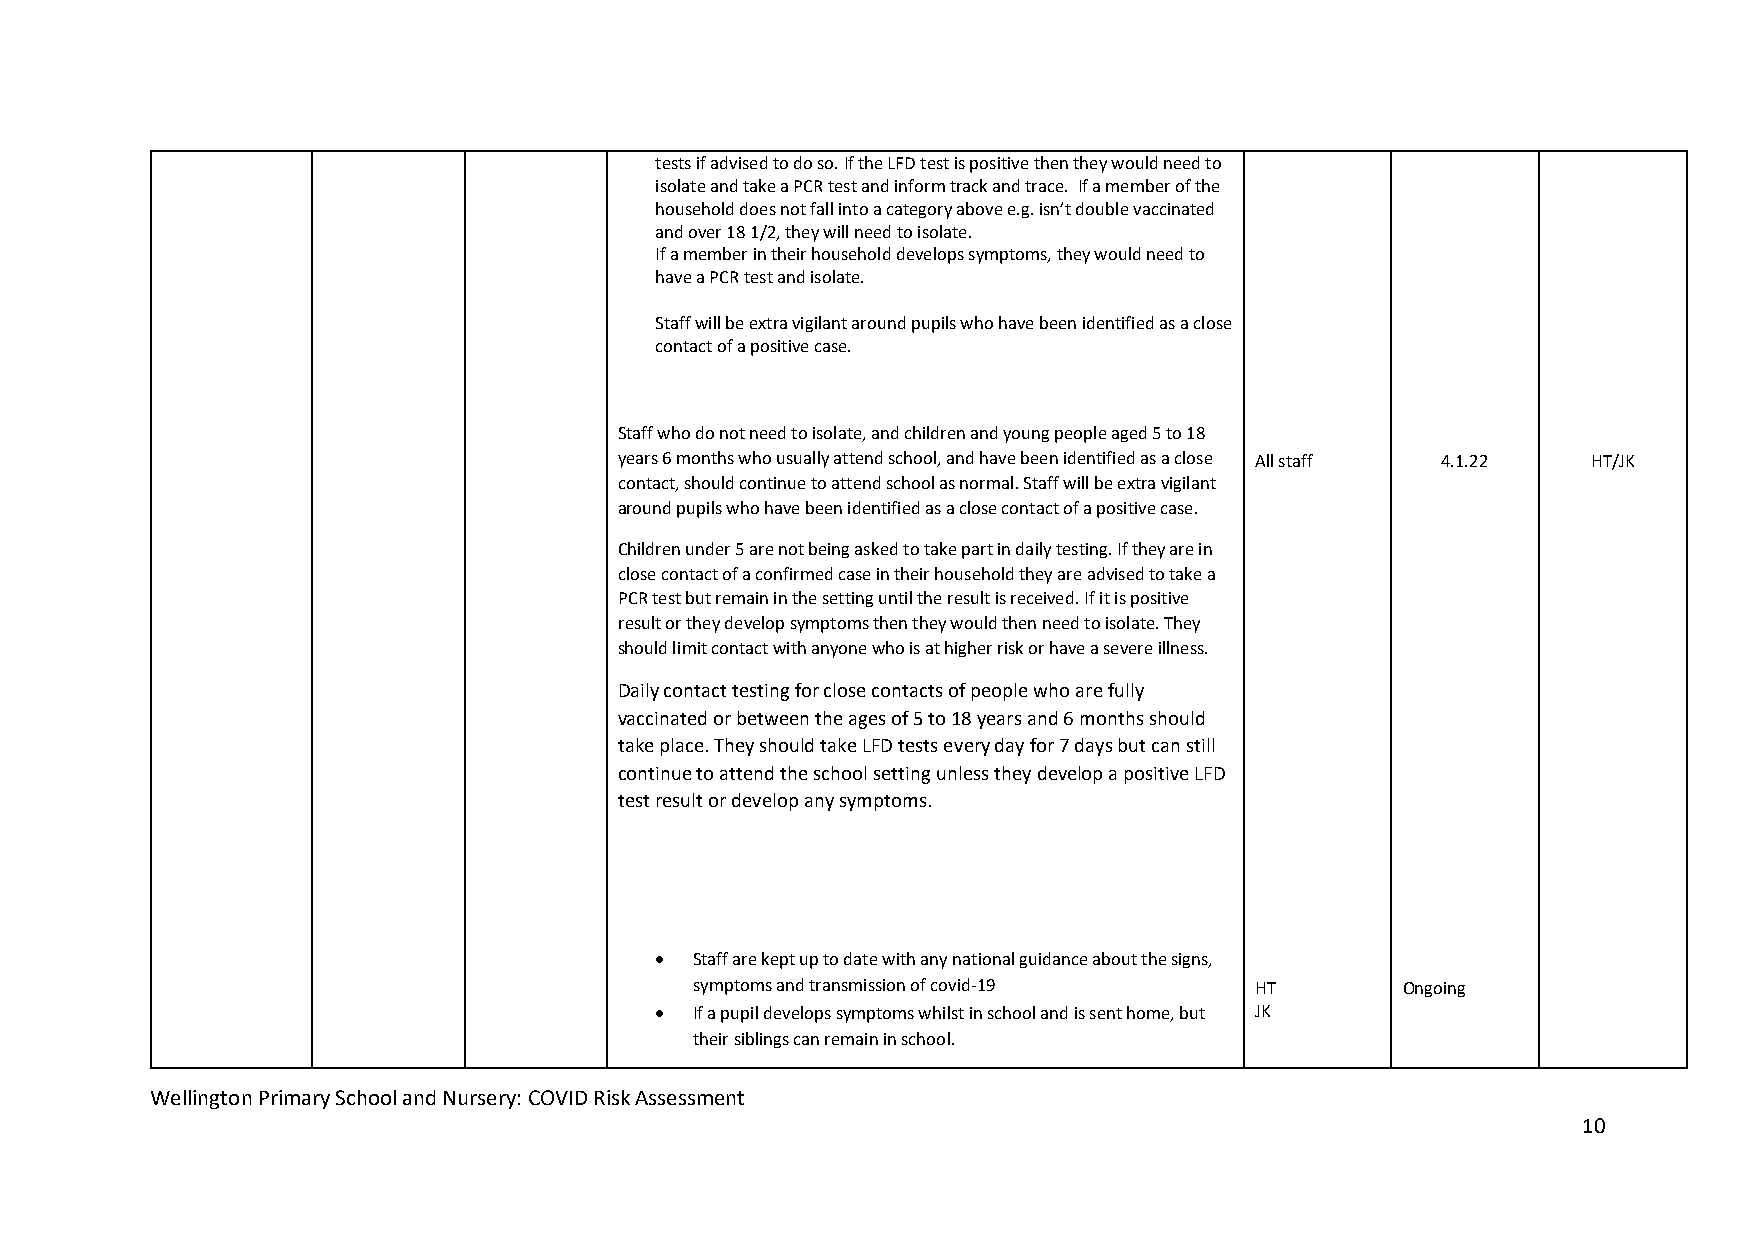
tests if advised to do so. If the LFD test is positive then they would need to
 isolate and take a PCR test and inform track and trace. If a member of the
 household does not fall into a category above e.g. isn’t double vaccinated
 and over 18 1/2, they will need to isolate.
 If a member in their household develops symptoms, they would need to
 have a PCR test and isolate.
 Staff will be extra vigilant around pupils who have been identified as a close
 contact of a positive case.
 Staff who do not need to isolate, and children and young people aged 5 to 18
 years 6 months who usually attend school, and have been identified as a close All staff 4.1.22 HT/JK
 contact, should continue to attend school as normal. Staff will be extra vigilant
 around pupils who have been identified as a close contact of a positive case.
 Children under 5 are not being asked to take part in daily testing. If they are in
 close contact of a confirmed case in their household they are advised to take a
 PCR test but remain in the setting until the result is received. If it is positive
 result or they develop symptoms then they would then need to isolate. They
 should limit contact with anyone who is at higher risk or have a severe illness.
 Daily contact testing for close contacts of people who are fully
 vaccinated or between the ages of 5 to 18 years and 6 months should
 take place. They should take LFD tests every day for 7 days but can still
 continue to attend the school setting unless they develop a positive LFD
 test result or develop any symptoms.
   Staff are kept up to date with any national guidance about the signs,
 symptoms and transmission of covid-19 HT       Ongoing
   If a pupil develops symptoms whilst in school and is sent home, but JK
 their siblings can remain in school.
 Wellington Primary School and Nursery: COVID Risk Assessment
 10